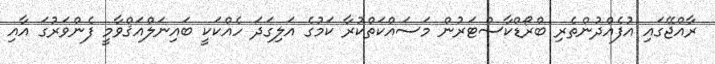
ރާއްޖޭގައި އުފެއްދުންތެރި ބްރޯޑްކާސްޓަރުން މަސައްކަތްކުރާ ކަމުގެ އަލިގަދަ ހެއްކަކީ ބައިނަލްއަޤްވާމީ ފެންވަރުގަ އާއި